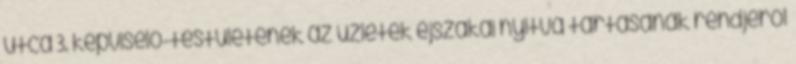
utca 3. képviselő-testületének az üzletek éjszakai nyitva tartásának rendjéről